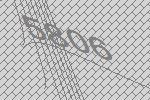
5806